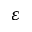
\varepsilon